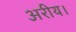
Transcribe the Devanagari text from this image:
अरीय।